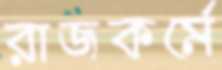
রাজকর্মে